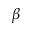
\beta